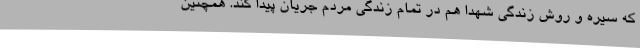
که سیره و روش زندگی شهدا هم در تمام زندگی مردم جریان پیدا کند. همچنین